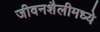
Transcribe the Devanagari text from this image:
जीवनशैलीमध्ये